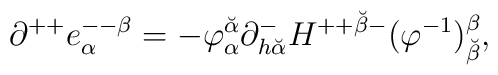
\partial^{++} e^{--\beta}_\alpha= - \varphi^{\breve\alpha}_\alpha \partial^-_{h {\breve\alpha}}H^{++ {\breve\beta} -}(\varphi^{-1})_{\breve\beta}^\beta,